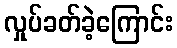
လှုပ်ခတ်ခဲ့ကြောင်း